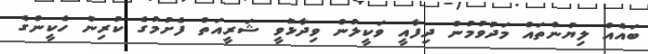
ބައެއް ލިޔުންތައް މަދުވުމުން ދިފާއީ ވަކީލުން ވިދާޅުވީ ޝަރީއަތް ފެށުމުގެ ކުރިން ހެކީންގެ